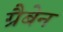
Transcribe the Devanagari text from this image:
ग्रैबेन